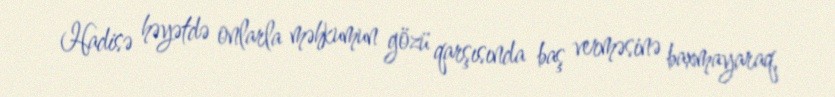
Hadisə həyətdə onlarla məhkumun gözü qarşısında baş verməsinə baxmayaraq,